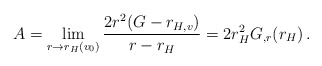
\begin{align*}A = \lim_{r \rightarrow r_H(v_0)}\frac{2r^2(G -r_{H,v})}{r -r_H} = 2r_H^2G_{,r}(r_H) \, .\end{align*}